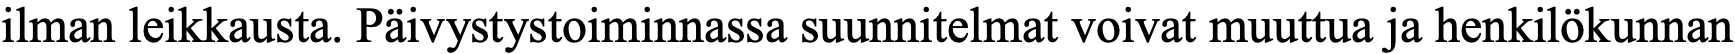
ilman leikkausta. Päivystystoiminnassa suunnitelmat voivat muuttua ja henkilökunnan